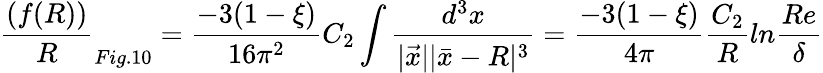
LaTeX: \frac{(f(R))}{R}_{Fig.10}=\frac{-3(1-\xi)}{16\pi^{2}}C_{2}\int\frac{d^{3}x}{|\vec{x}||\bar{x}-R|^{3}}=\frac{-3(1-\xi)}{4\pi}\frac{C_{2}}{R}ln\frac{Re}{\delta}